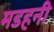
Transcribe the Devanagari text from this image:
मडहनी